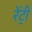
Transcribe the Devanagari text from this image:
रेंट्री